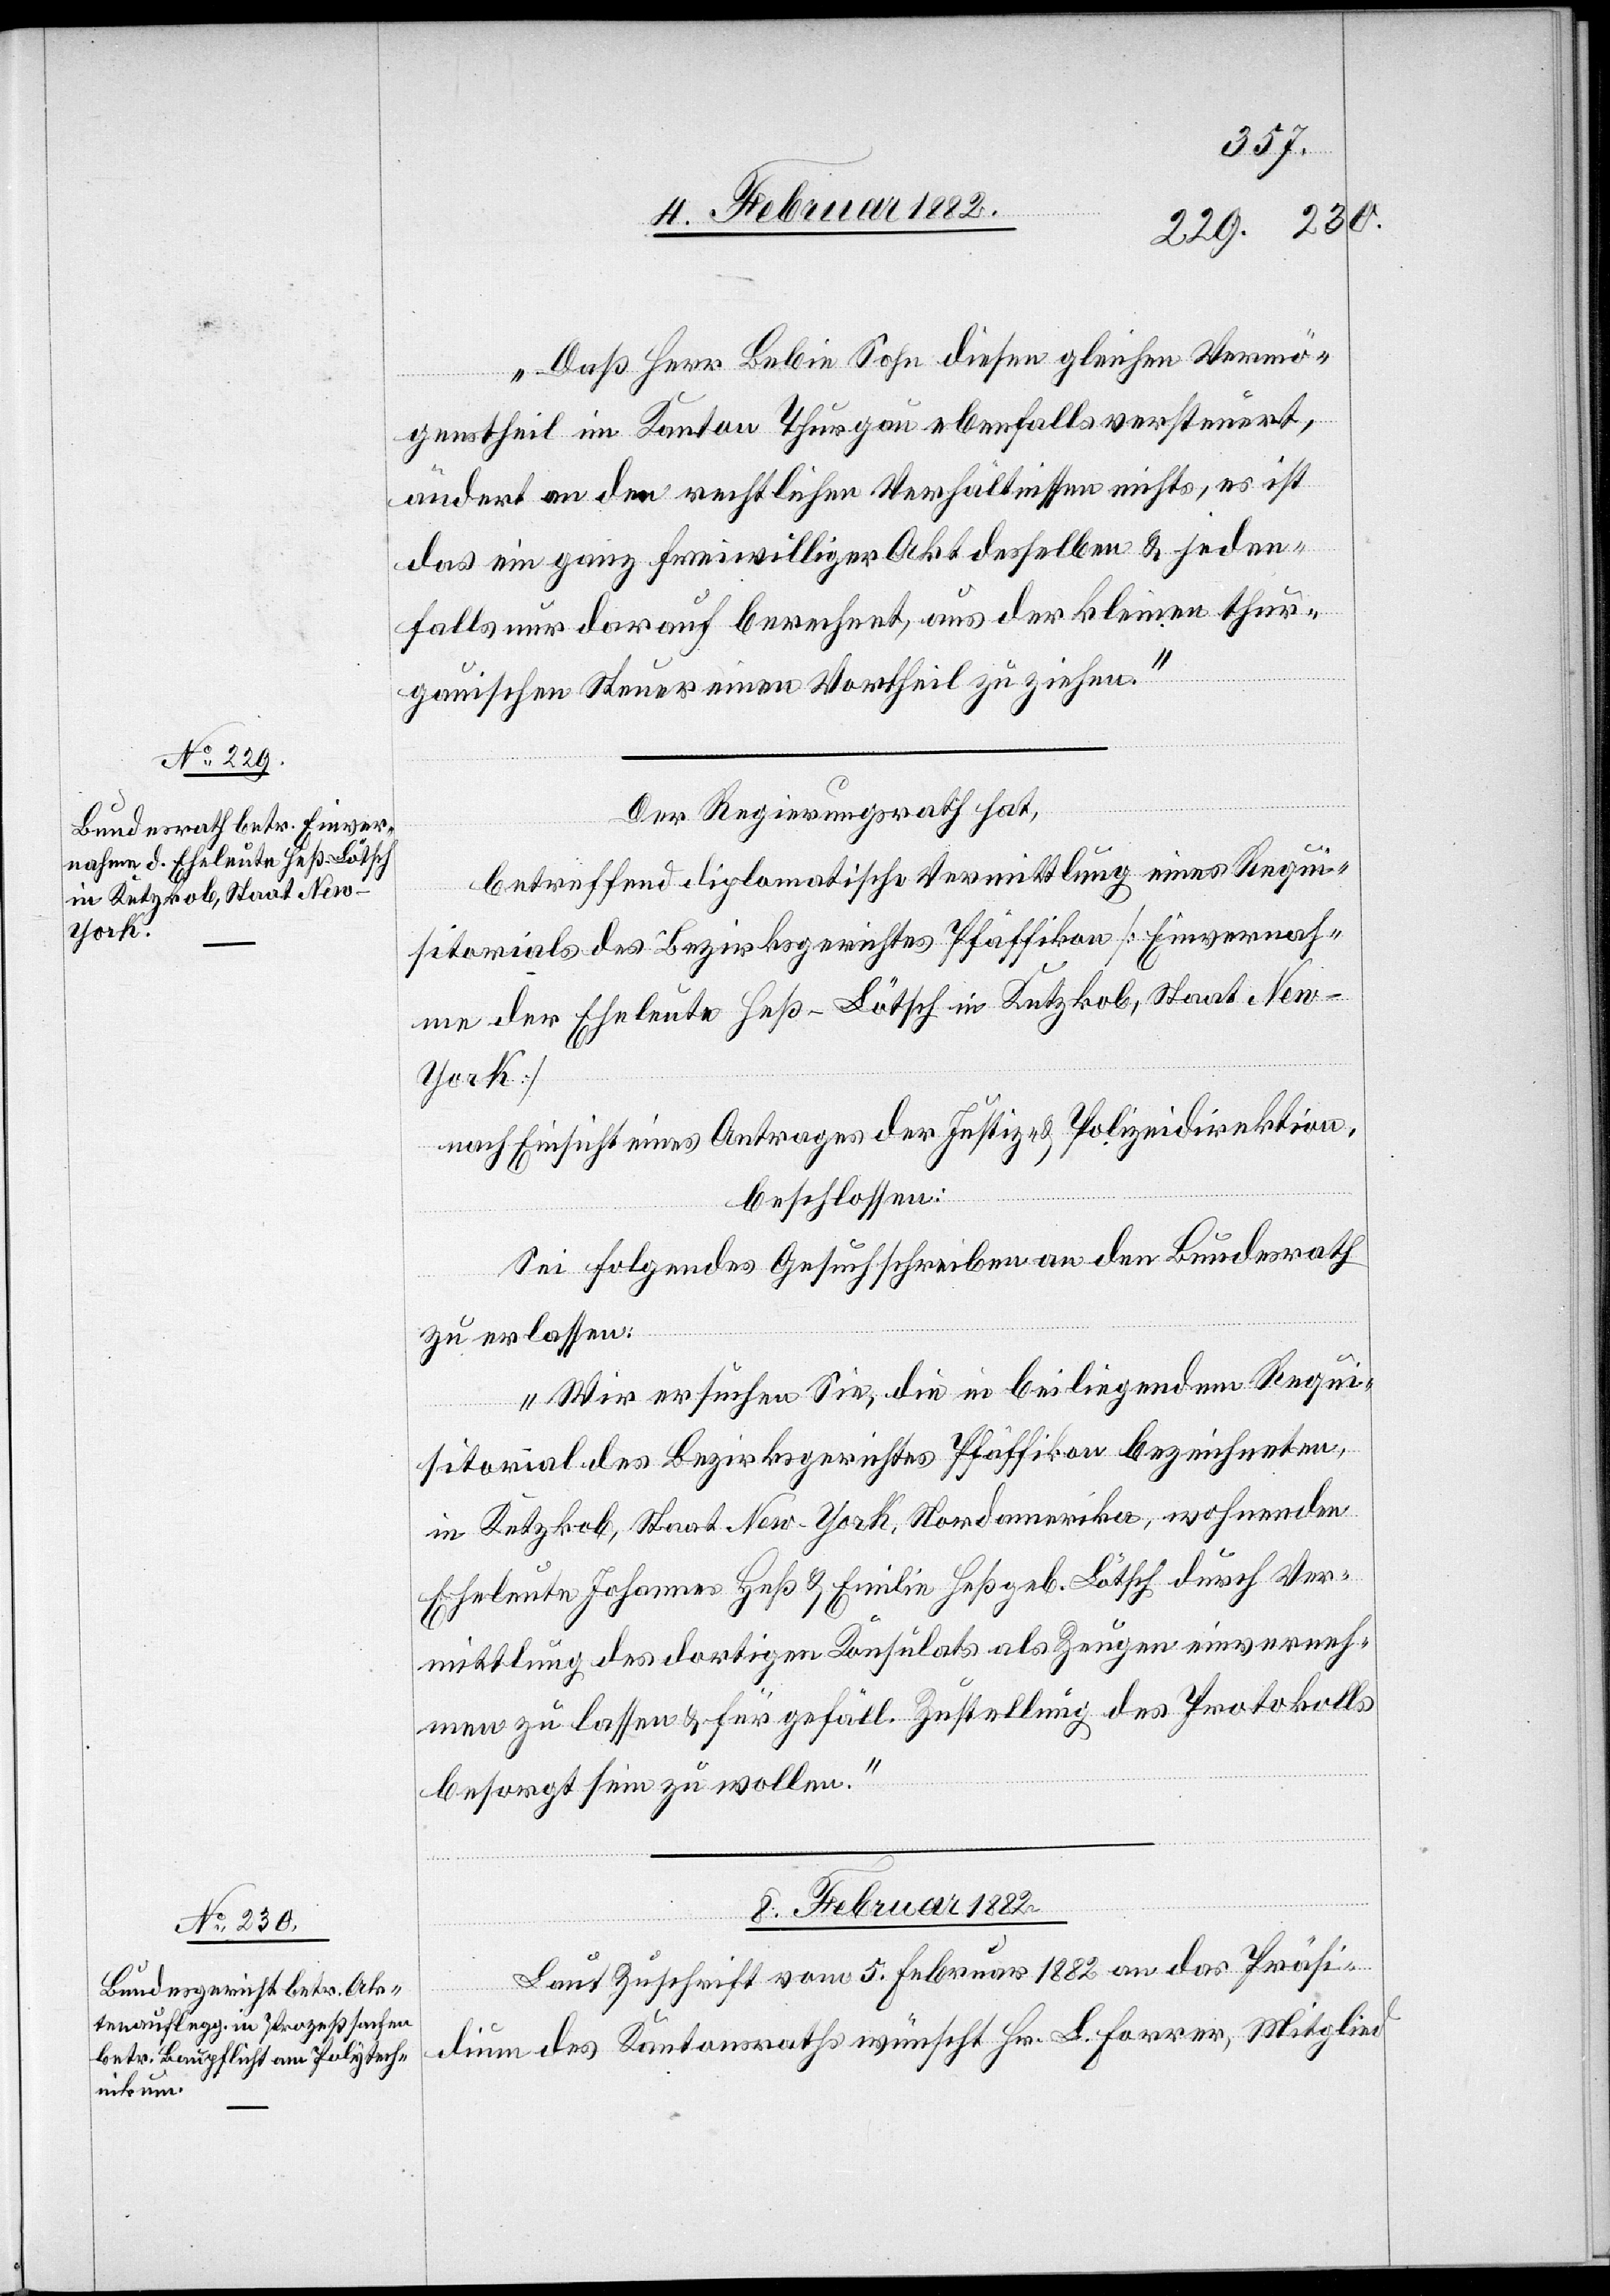
Daß Herr Lebin Sohn diesen gleichen Vermö¬
genstheil im Kanton Thurgau ebenfalls versteuert,
ändert an den rechtlichen Verhältnissen nichts, es ist
das ein ganz freiwilliger Akt desselben & jeden¬
falls nur darauf berechnet, aus der kleinen thur¬
gauischen Steuer einen Vortheil zu ziehen.“
Der Regierungsrath hat,
betreffend diplomatische Vermittlung eines Requi¬
sitorials des Bezirksrathes Pfäffikon [Einvernah¬
me der Eheleute Heß-Lötsch in Ketzkob, Staat Ne¬
w-York]
nach Einsicht eines Antrages der Justiz- & Polizeidirektion,
beschlossen:
Sei folgendes Gesuchschreiben an den Bundesrath
zu erlassen:
„Wir ersuchen Sie, die in beiliegendem Requi¬
sitorial des Bezirksgerichtes Pfäffikon bezeichneten,
in Ketzkob, Staat New-York, Nordamerika, wohnenden
Eheleute Johannes Heß & Emilie Heß, geb. Lötsch durch Ver¬
mittlung des dortigen Konsulates als Zeugen einverneh¬
men zu lassen & für gefäll. Zustellung des Protokolls
besorgt sein zu wollen.“
8. Februar 1882
Laut Zuschrift vom 5. Februar 1882 an das Präsi¬
dium des Kantonsrathes wünscht Hr. L. Forrer, Mitglied